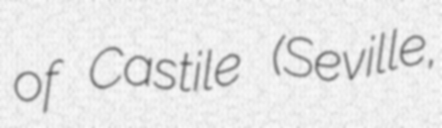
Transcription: of Castile (Seville,